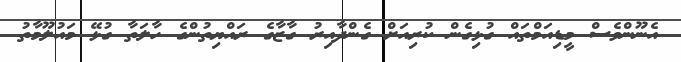
އެނޫންވެސް މީޑިއަމްތައް ގުޅިގެން ކުރިއަށް ގެންދާއިރު ގާޒާގެ ރައްޔިތުންގެ ހާލަތާ ގުޅޭ މައުލޫމާތު